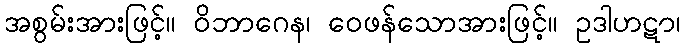
အစွမ်းအားဖြင့်။ ဝိဘာဂေန၊ ဝေဖန်သောအားဖြင့်။ ဥဒါဟဋာ၊